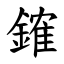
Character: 䥃